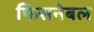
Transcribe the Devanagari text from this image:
फिसनेबल